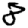
Digit: 8